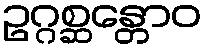
ဥဂ္ဂစ္ဆန္တောဝ